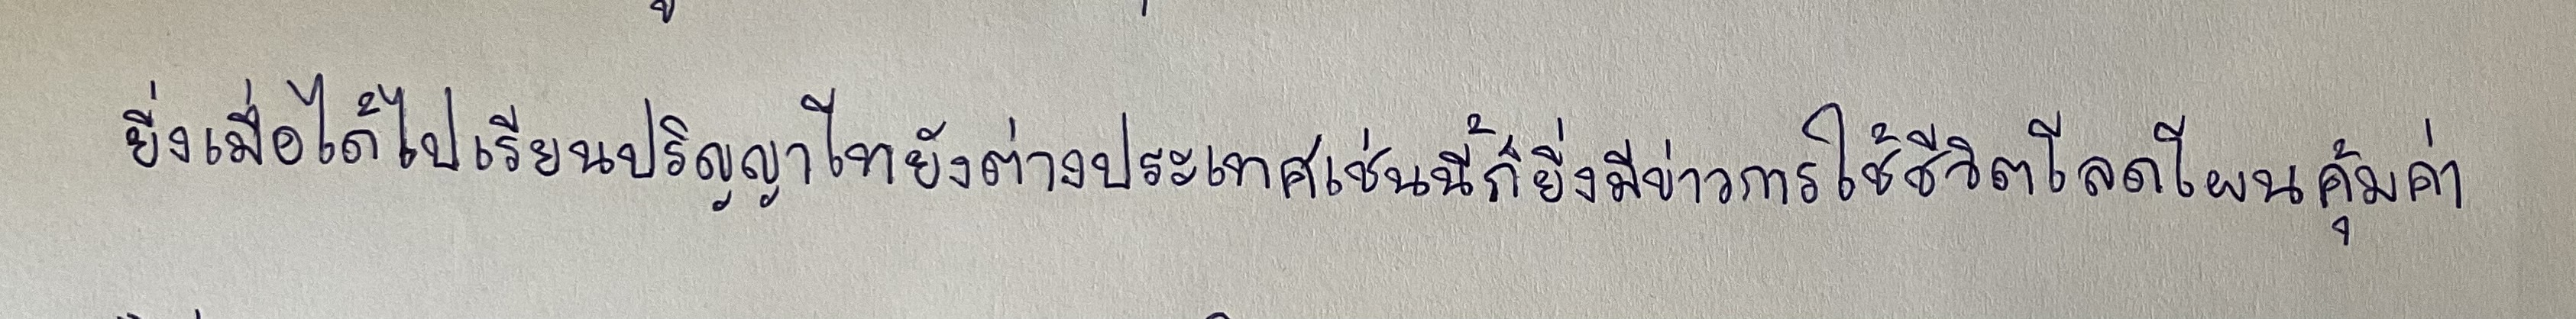
ยิ่งเมื่อได้ไปเรียนปริญญาโทยังต่างประเทศเช่นนี้ก็ยิ่งมีข่าวการใช้ชีวิตโลดโผนคุ้มค่า